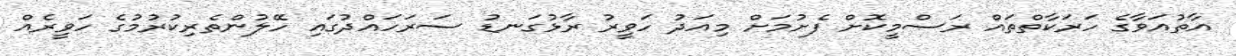
އާތުއަވާގެ ހަރަކާތްތައް ރަސްމީކޮށް ފެށުމަށް މިއަދު ހަވީރު ރާޅުގަނޑު ސަރަހައްދުގައި ހޭލުންތެރިކުރުމުގެ ހަވީރެއް